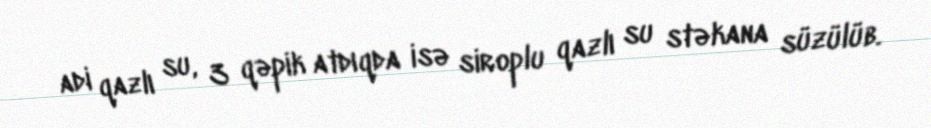
adi qazlı su, 3 qəpik atdıqda isə siroplu qazlı su stəkana süzülüb.